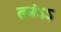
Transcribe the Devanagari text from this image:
तनंऽऽ